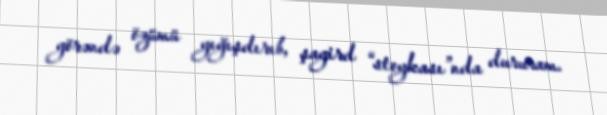
görəndə özümü yığışdırıb, şagird “stoykası”nda dururam.